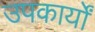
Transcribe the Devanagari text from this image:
उपकार्यों